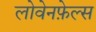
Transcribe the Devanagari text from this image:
लोवेनफ़ेल्स